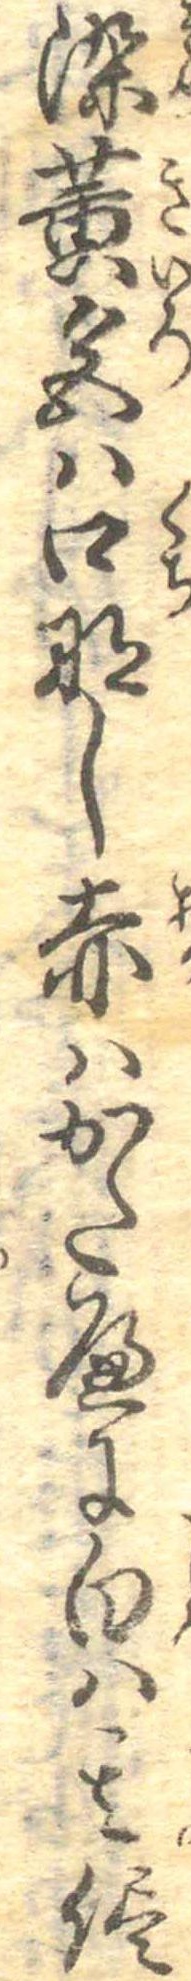
染黄色は口なし赤はかたへに白は其侭